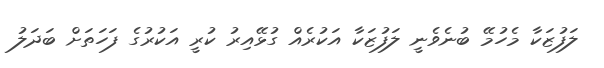
ލަފުޒަކާ މެހުމޭ ބުނެވެނީ ލަފުޒަކާ އަކުރެއް ގުޅޭއިރު ކުރީ އަކުރުގެ ފަހަތަށް ބަދަލު